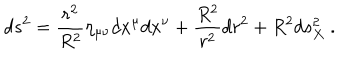
d s ^ { 2 } = \frac { r ^ { 2 } } { R ^ { 2 } } \eta _ { \mu \nu } d x ^ { \mu } d x ^ { \nu } + \frac { R ^ { 2 } } { r ^ { 2 } } d r ^ { 2 } + R ^ { 2 } d s _ { X } ^ { 2 } \ .